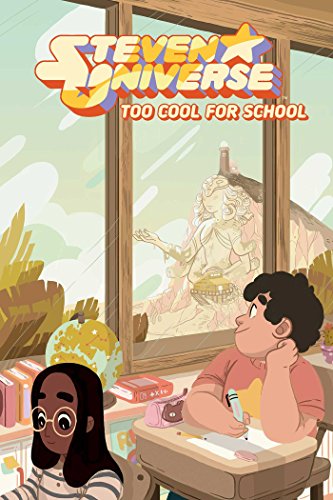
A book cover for Steven Universe Original Graphic Novel Vol. 1; Children's Books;